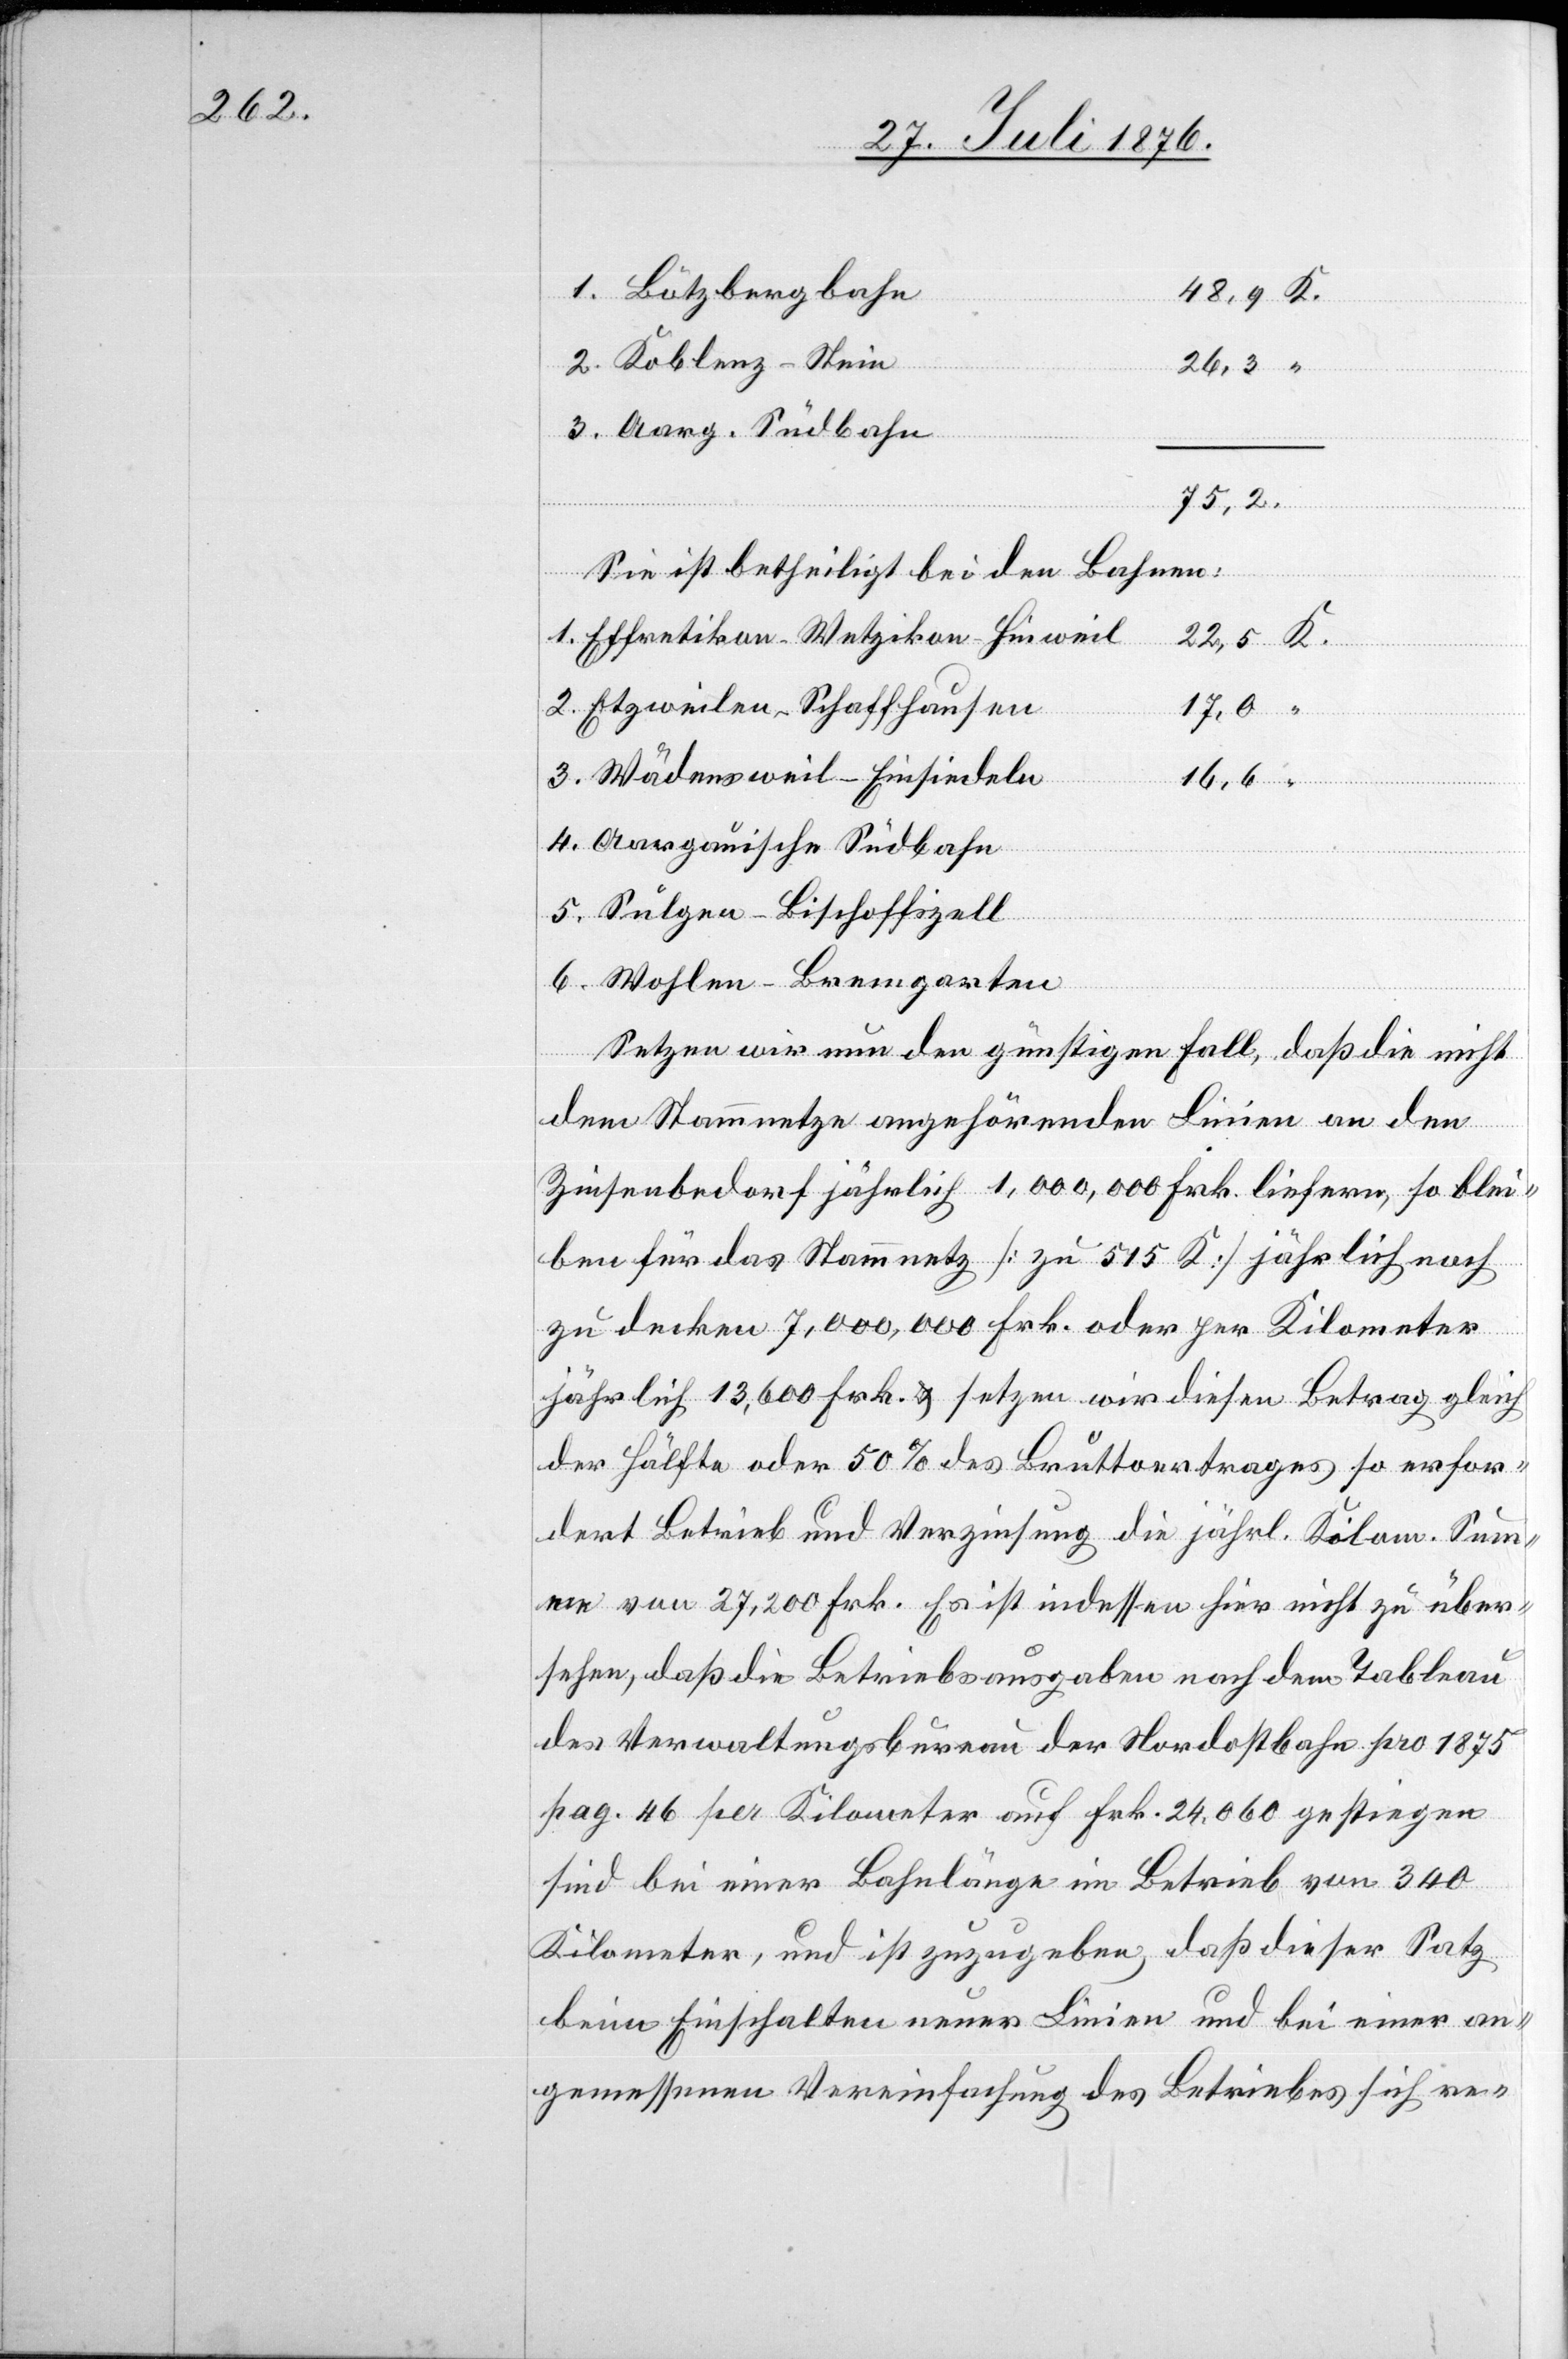
1. Bötzbergbahn
48,9 K.
2. Koblenz–Stein
26,3 “
3. Aarg. Südbahn
75,2.
Sie ist betheiligt bei den Bahnen:
1. Effretikon–Wetzikon–Hinweil
22,5 K.
2. Etzweiler–Schaffhausen
17,0 “
3. Wädensweil–Einsiedeln
16,6 “
4. Aargauische Südbahn
5. Sulgen–Bischoffszell
6. Wohlen–Bremgarten
Setzen wir nun den günstigen Fall, das die nicht
dem Stammnetze angehörenden Linien an den
Zinsenbedarf jährlich 1,000,000 Frk. liefern, so blei¬
ben für das Stammnetz [zu 515 K] jährlich noch
zu decken 7,000,000 Frk. oder per Kilometer
jährlich 13,600 Frk. Setzen wir diesen Betrag gleich
der Hälfte oder 50 % des Bruttoertrages so erfor¬
dert Betrieb und Verzinsung die jährl. Kilom. Summ¬
e von 27,200 Frk. Es ist indessen hier nicht zu über¬
sehen, daß die Betriebsausgaben nach dem Tableau
des Verwaltungsbureau der Nordostbahn pro 1875
pag. 46 per Kilometer auf Frk. 24,060 gestiegen
sind bei einer Bahnlänge im Betrieb von 340
Kilometer, und ist zuzugeben, daß dieser Satz
beim Einschalten neuer Linien und bei einer an¬
gemessenen Vereinfachung des Betriebes sich re-